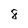
Character: 8